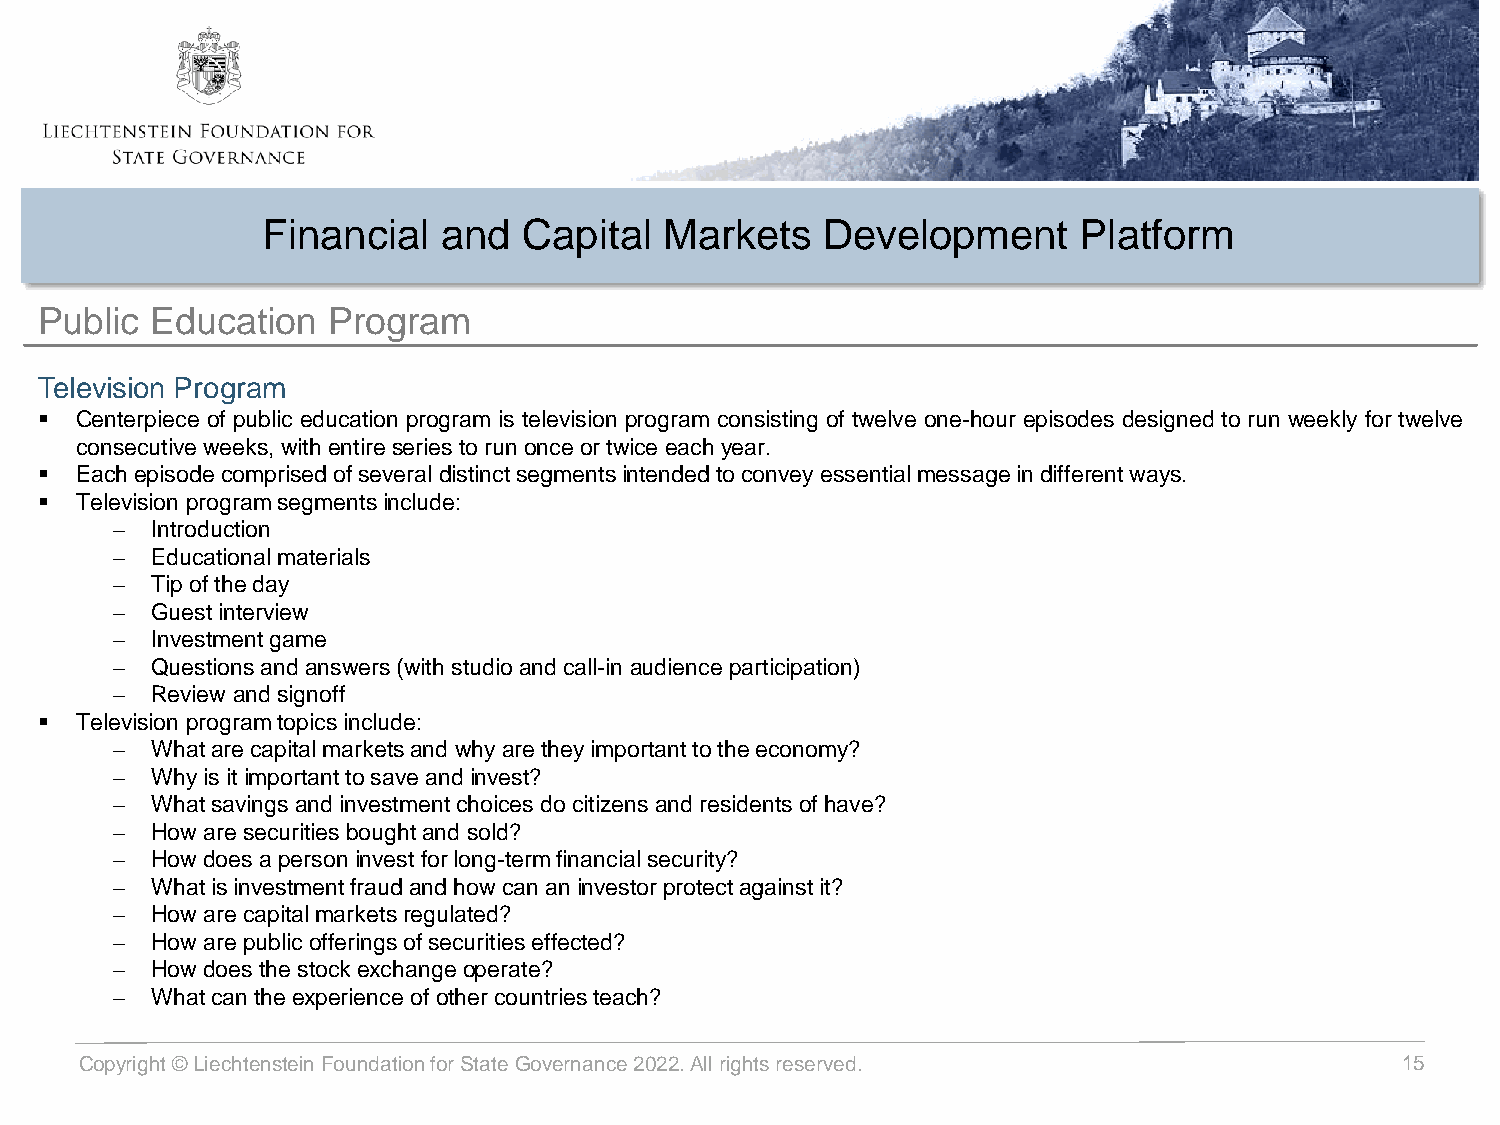
Financial   and   Capital  Markets   Development      Platform
 Public Education   Program
 Television Program
 ▪ Centerpiece of public education program is television program consisting of twelve one-hour episodes designed to run weekly for twelve
 consecutive weeks, with entireseriestorunonceortwice eachyear.
 ▪ Eachepisode comprisedofseveral distinctsegmentsintendedtoconvey essential messagein differentways.
 ▪ Television programsegmentsinclude:
 − Introduction
 − Educational materials
 − Tipoftheday
 − Guestinterview
 − Investmentgame
 − Questionsand answers (with studioandcall-in audience participation)
 − Review andsignoff
 ▪ Television programtopics include:
 − Whatarecapitalmarketsand why aretheyimportanttotheeconomy?
 − Whyis it importanttosave and invest?
 − Whatsavings andinvestmentchoicesdocitizens andresidentsofhave?
 − How are securitiesboughtand sold?
 − How does apersoninvest forlong-termfinancialsecurity?
 − Whatisinvestmentfraudandhow cananinvestor protectagainstit?
 − How are capitalmarketsregulated?
 − How are public offeringsofsecurities effected?
 − How does thestockexchange operate?
 − Whatcantheexperience ofothercountriesteach?
 Copyright © Liechtenstein Foundation for State Governance2022. All rights reserved.     15